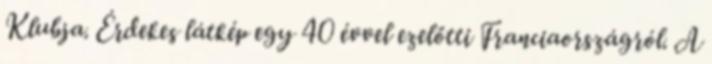
Klubja. Érdekes látkép egy 40 évvel ezelőtti Franciaországról. A